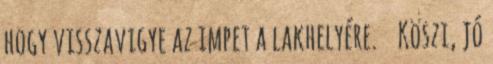
hogy visszavigye az impet a lakhelyére. Köszi, jó